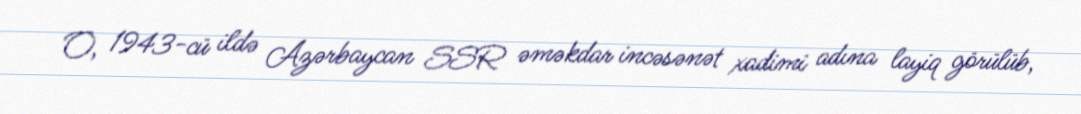
O, 1943-cü ildə Azərbaycan SSR əməkdar incəsənət xadimi adına layiq görülüb,